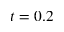
t = 0 . 2